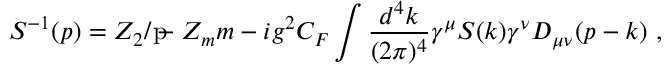
{ S } ^ { - 1 } ( p ) = Z _ { 2 } \rlap { p } / - Z _ { m } m - i g ^ { 2 } C _ { F } \int \frac { d ^ { 4 } k } { ( 2 \pi ) ^ { 4 } } \gamma ^ { \mu } { S } ( k ) \gamma ^ { \nu } D _ { \mu \nu } ( p - k ) ~ ,